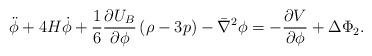
LaTeX: \begin{align*}\ddot \phi +4H\dot\phi +\frac{1}{6}\frac{\partial U_B}{\partial \phi}\left(\rho-3p\right)-\bar \nabla^2\phi =-\frac{\partial V}{\partial \phi}+ \Delta\Phi_2.\end{align*}